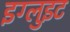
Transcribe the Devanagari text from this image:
इग्लुइट